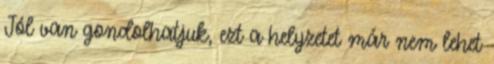
Jól van gondolhatjuk, ezt a helyzetet már nem lehet